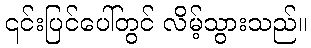
၎င်းပြင်ပေါ်တွင် လိမ့်သွားသည်။